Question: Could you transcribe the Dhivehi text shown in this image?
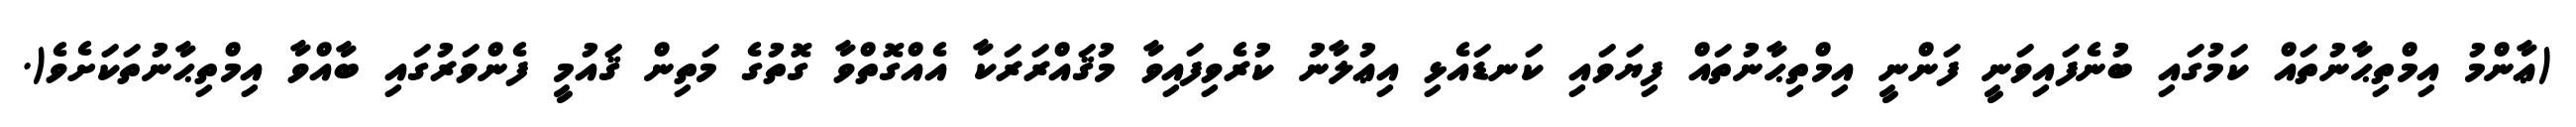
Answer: (ޢާންމު އިމްތިޙާނުތައް ކަމުގައި ބުނެފައިވަނީ ފަންނީ އިމްތިޙާނުތައް ފިޔަވައި ކަނޑައެޅި އިޢުލާނު ކުރެވިފައިވާ މުޤައްރަރަކާ އެއްގޮތްވާ ގޮތުގެ މަތިން ޤައުމީ ފެންވަރުގައި ބާއްވާ އިމްތިޙާނުތަކަށެވެ(.